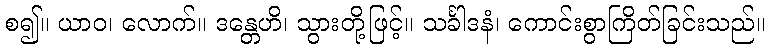
စ၍။ ယာဝ၊ လောက်။ ဒန္တေဟိ၊ သွားတို့ဖြင့်။ သင်္ခါဒနံ၊ ကောင်းစွာကြိတ်ခြင်းသည်။